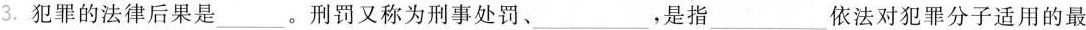
3.犯罪的法律后果是___。刑罚又称为刑事处罚、___，是指___依法对犯罪分子适用的最